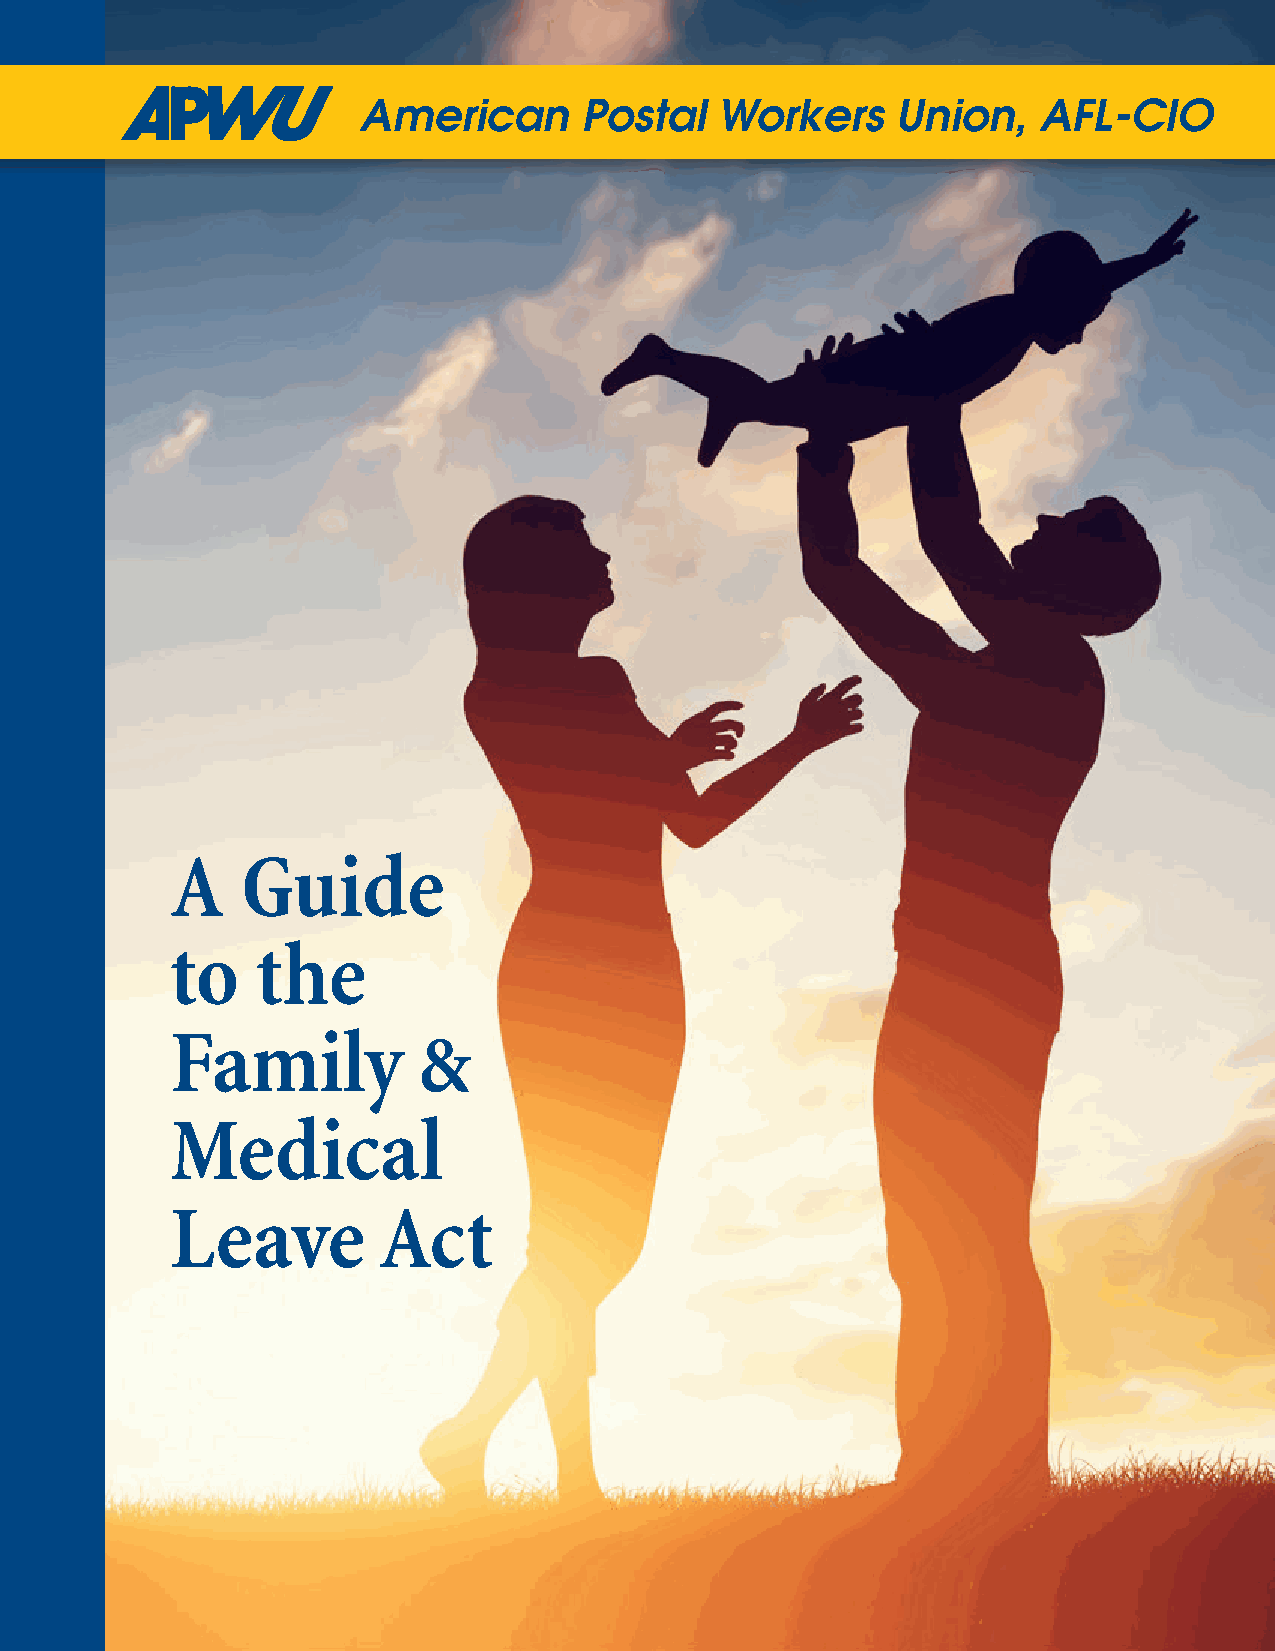
American      Postal   Workers     Union,    AFL-CIO
 A    Guide
 to    the
 Family
 &
 Medical
 Leave         Act
 1                                      1